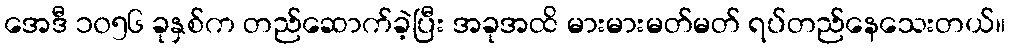
အေဒီ ၁၀၅၆ ခုနှစ်က တည်ဆောက်ခဲ့ပြီး အခုအထိ မားမားမတ်မတ် ရပ်တည်နေသေးတယ်။